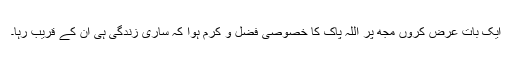
ایک بات عرض کروں مجھ پر اللہ پاک کا خصوصی فضل و کرم ہوا کہ ساری زندگی ہی ان کے قریب رہا۔